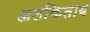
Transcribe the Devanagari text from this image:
अलकिताब